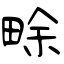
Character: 畭